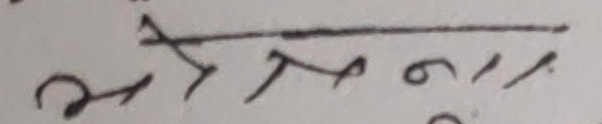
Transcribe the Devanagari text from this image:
अत्रम६।।